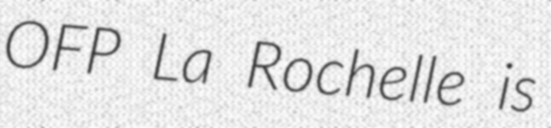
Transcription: OFP La Rochelle is